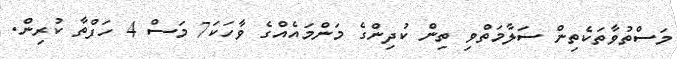
މަސްތުވާތަކެތިން ސަލާމަތްވި ތިން ކުދިންގެ މަންމައެއްގެ ވާހަކަ7 މަސް 4 ހަފްތާ ކުރިން.